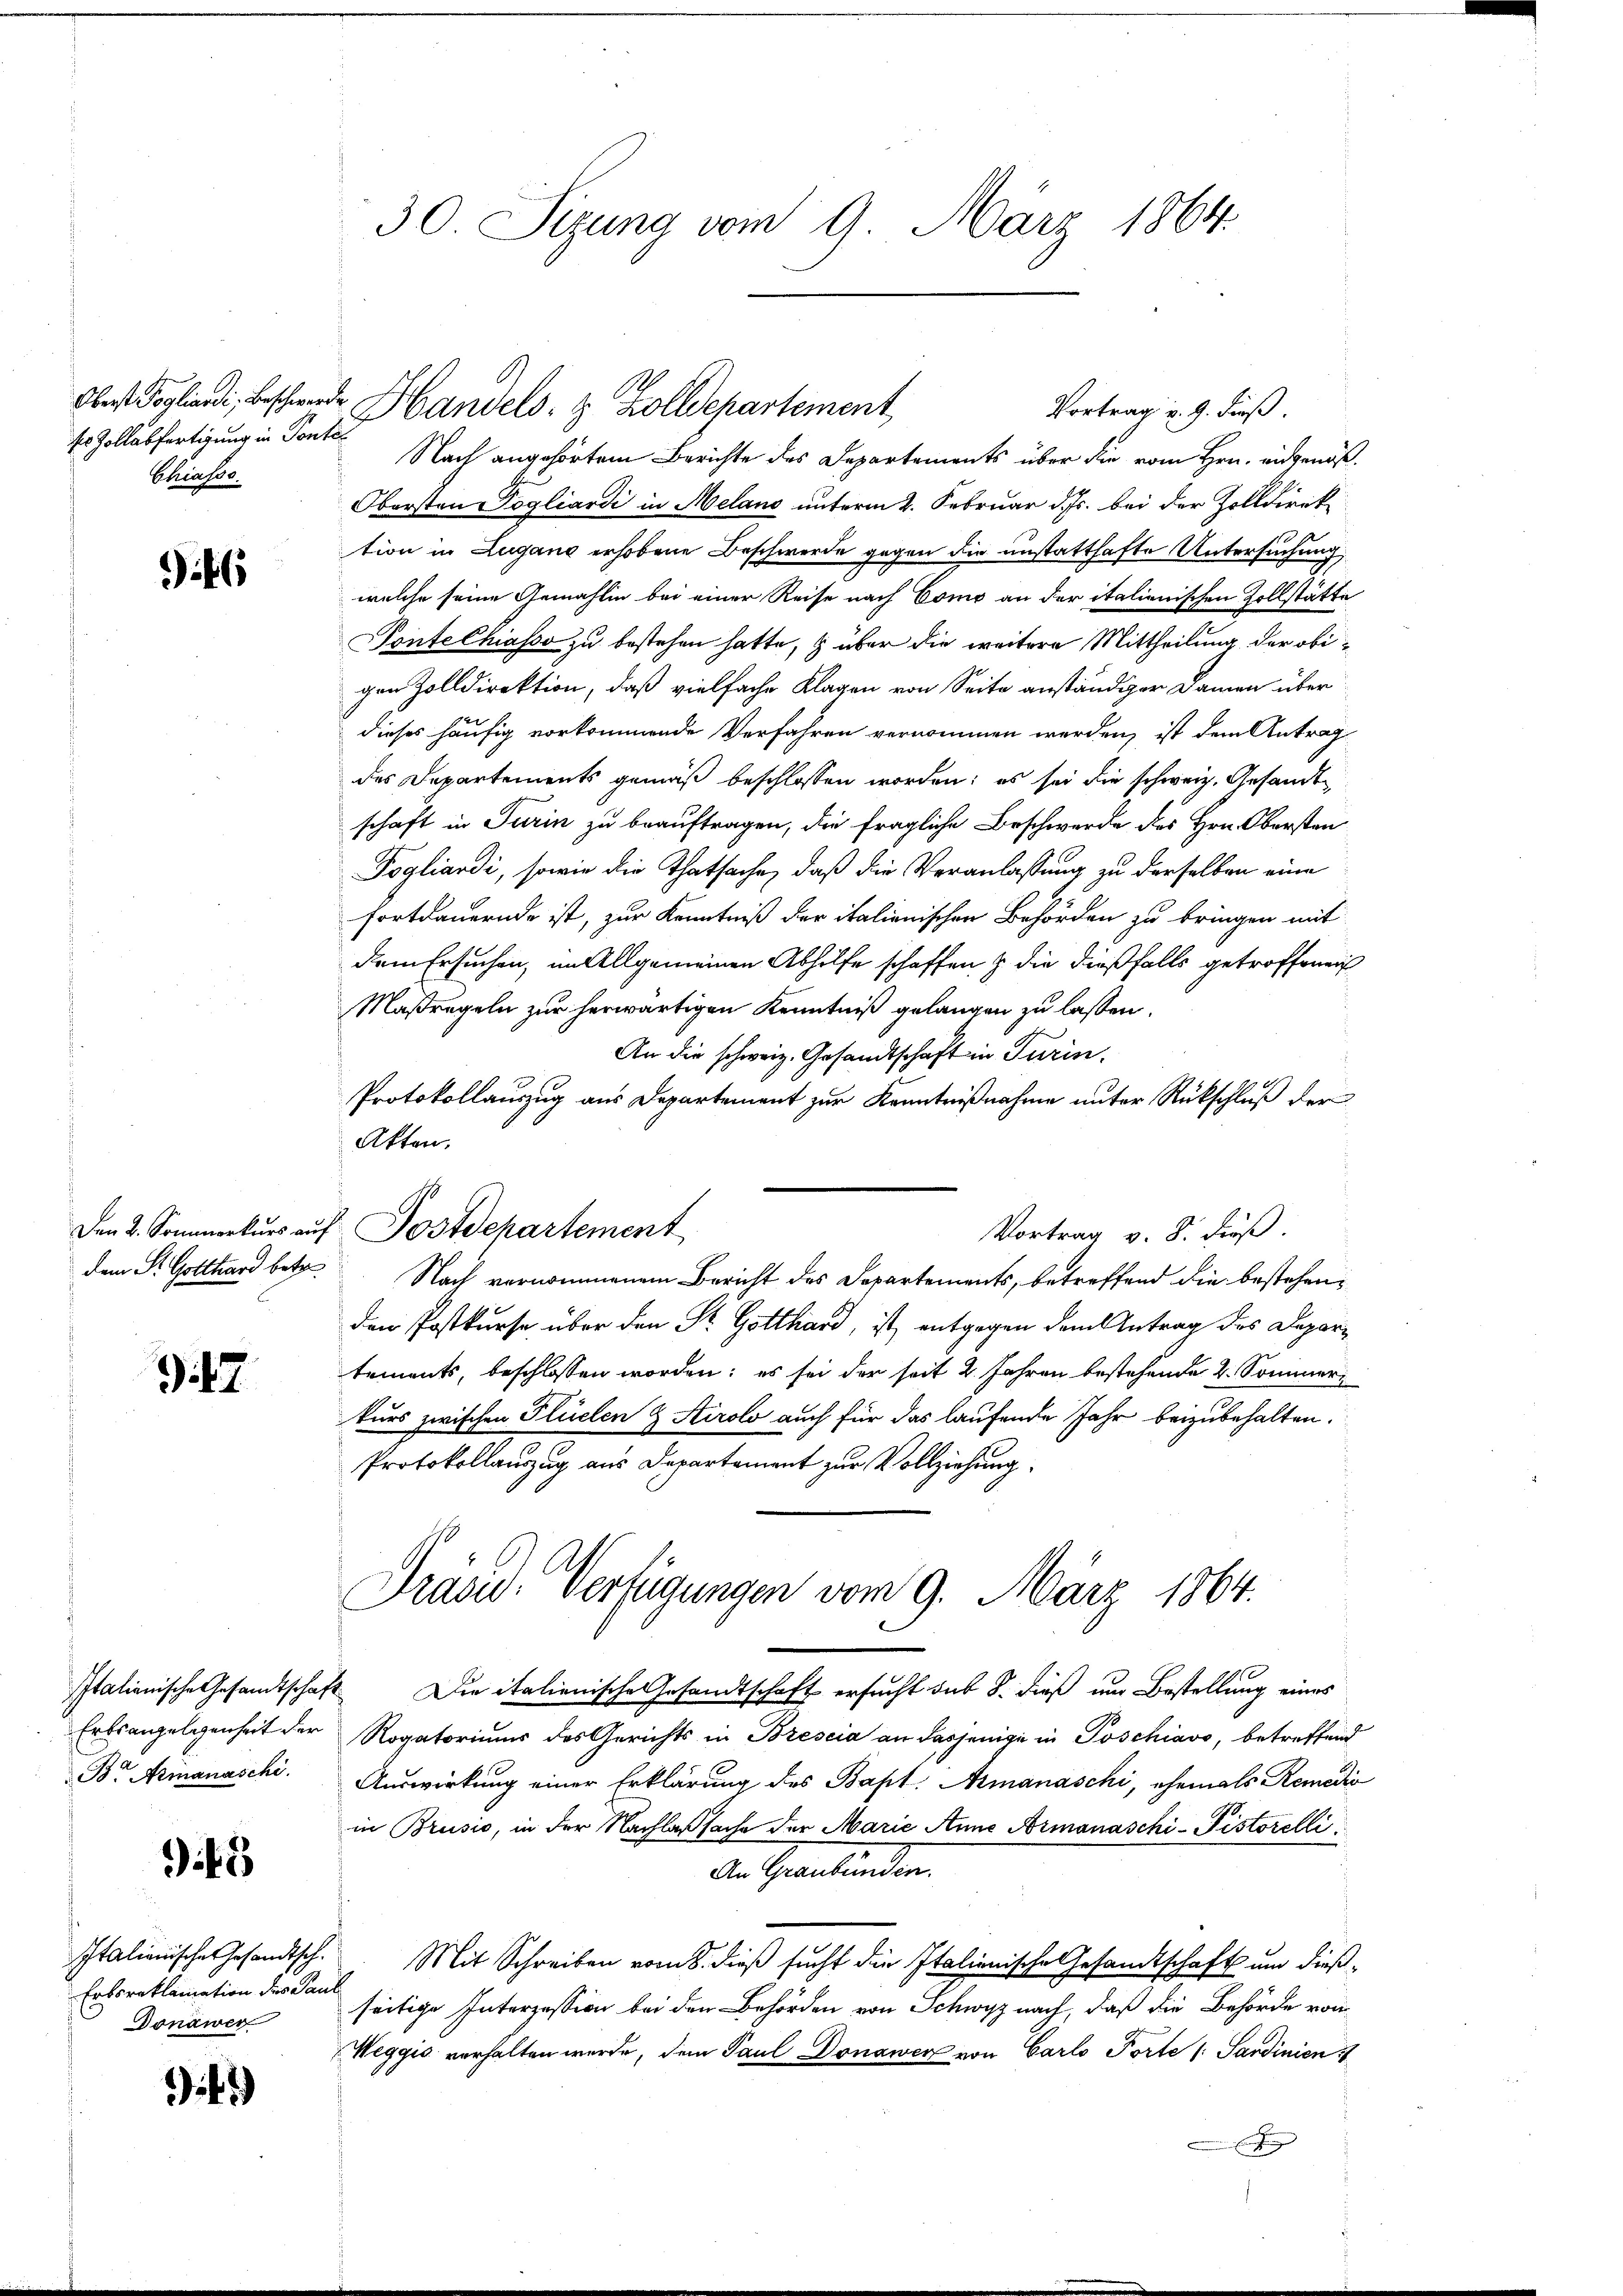
Oberst Pogliardi, Beschwere.
sr Zollabfertigung in Pont
Strasse.

it6

dem St. Gotthard betr.

47

Erbsangelegenheit der
Br Armanaschi.

i45

Italienischen Gesandtsch.
Erboroklamation des Pau
Donawer

42.)

30. Sizung vom 9. März 1864.

f
Nach angehörtem Berichte des Departements über die vom Hrn. Eidgenöß¬
Obersten Vogliardi in Melano unterm 2. Februar d. Js. bei der Zolldirektion in Zugano erhobene Beschwerde gegen die unstatthafte Untersuchung,
welche seine Gemahlin bei einer Reise nach Como an der italienischen Zollstätte
Tonte Chiasso zu bestehen hatte, & über die weitere Mittheilung der obigen Zolldirektion, daß vielfache Klagen von Seite anständiger Damen über
dieses häufig vorkommende Verfahren vernommen werden, ist dem Antrag
des Departements gemäß beschlossen worden; es sei die schweiz. Gesandt
schaft in Turin zu beauftragen, die fragliche Beschwerde des Hrn. Obersten
Pogliardi, sowie die Thatsache, daß die Veranlassung zu derselben eine
fortdauernde ist, zur Kenntniß der italienischen Behörden zu bringen mit
dem Ersuchen, im Allgemeinen Abhilfe schaffen & die dießfalls getroffenen
Maßregeln zur herwärtigen Kenntniß gelangen zu lassen.
An die schweiz. Gesandtschaft in Turin
Protokollauszug aus Departement zur Kenntnißnahme unter Rückschluß der
Akten.
Vortrag v. 8. dieß.
Nach vernommenem Bericht des Departements, betreffend die bestehenden Postkurse über den Sr. Gotthard, ist entgegen dem Antrag des Departements, beschlossen worden; es sei der seit 2 Jahren bestehende 2. Sommeri
kurs zwischen Flüelen & Airolo auch für das laufende Jahr beizubehalten.
Protokollauszug aus Departement zur Vollziehung
Pras. Verfügungen vom 9. März 1864.
Italienische Gesandtschaft Die italienische Gesandtschaft ersucht sub 8. dieß um Bestellung eines
Rogatoriums des Gerichts in Brescia an dasjenige in Poschiavo, betreffend
Auswirkung einer Erklärung des Bapt. Amanaschi, ehemals Remedić
in Brusio, in der Nachlaßsache der Marie Anne Armonaschi-Pistorelli
An Graubünden.
Mit Schreiben vom 8. dieß sucht die Italienische Gesandtschaft um dießseitige Interession bei den Behörden von Schwyz nach, daß die Behörde von
Weggis verhalten wurde, dem Paul Donauer von Carlo Torte / Sardinien
x

Handels- & Zolldepartement,
Vortrag v. 9. dieß.

Den 2. Sommerkŭrs auf Postdepartement